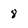
Character: 8